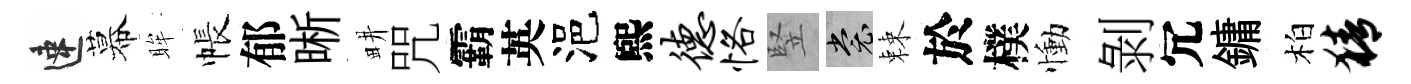
速幕眸帳郁晰畊咒霸英浥煕德恪竪裳棘於樸慟剝冗鏞柏猜